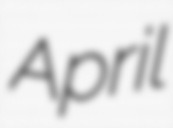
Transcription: April